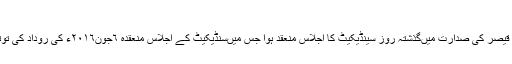
جامعہ کراچی: سنڈیکیٹ کا اجلاس
کراچی:(نیوزآن لائن)جامعہ کراچی کے وائس چانسلر پروفیسر ڈاکٹر محمد قیصر کی صدارت میںگذشتہ روز سینڈیکیٹ کا اجلاس منعقد ہوا جس میںسنڈیکیٹ کے اجلاس منعقدہ ٦جون٢٠١٦ء کی روداد کی توثیق کی گئی اور قراردادوں پر عملدرآمد کی رپورٹ کی منظوری دی گئی۔